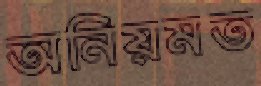
অনিয়মত